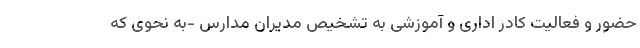
حضور و فعالیت کادر اداری و آموزشی به تشخیص مدیران مدارس -به نحوی که